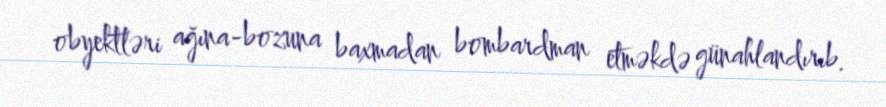
obyektləri ağına-bozuna baxmadan bombardman etməkdə günahlandırıb.